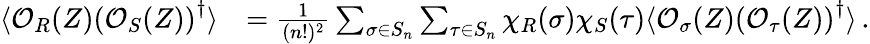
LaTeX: \begin{array}{rl}{\langle\mathcal{O}_{R}(Z)\left(\mathcal{O}_{S}(Z)\right)^{\dagger}\rangle}&{=\frac{1}{(n!)^{2}}\sum_{\sigma\in S_{n}}\sum_{\tau\in S_{n}}\chi_{R}(\sigma)\chi_{S}(\tau)\langle\mathcal{O}_{\sigma}(Z)\left(\mathcal{O}_{\tau}(Z)\right)^{\dagger}\rangle\, .}\end{array}